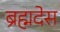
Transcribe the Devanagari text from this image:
ब्रह्मदेस